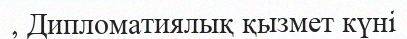
, Дипломатиялық қызмет күні